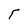
Character: r